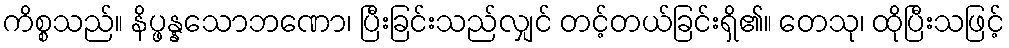
ကိစ္စသည်။ နိပ္ဖန္နသောဘဏော၊ ပြီးခြင်းသည်လျှင် တင့်တယ်ခြင်းရှိ၏။ တေသု၊ ထိုပြီးသဖြင့်